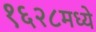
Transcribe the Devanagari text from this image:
१६२८मध्ये